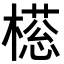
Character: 𣚜